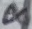
Text: 8